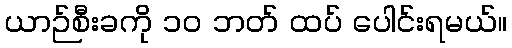
ယာဉ်စီးခကို ၁၀ ဘတ် ထပ် ပေါင်းရမယ်။